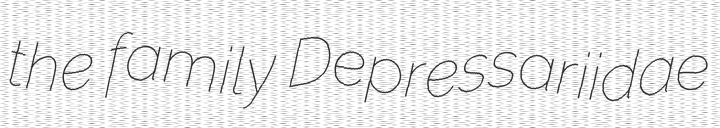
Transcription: the family Depressariidae